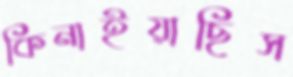
কিনাইয়াছিস